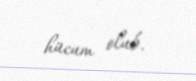
hücum olub.